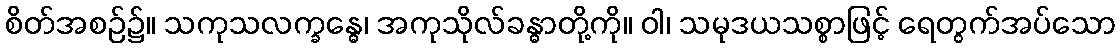
စိတ်အစဉ်၌။ သကုသလက္ခန္ဓေ၊ အကုသိုလ်ခန္ဓာတို့ကို။ ဝါ၊ သမုဒယသစ္စာဖြင့် ရေတွက်အပ်သော